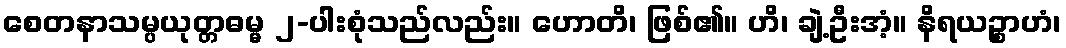
စေတနာသမ္ပယုတ္တဓမ္မ ၂-ပါးစုံသည်လည်း။ ဟောတိ၊ ဖြစ်၏။ ဟိ၊ ချဲ့ဦးအံ့။ နိရယဉ္စာဟံ၊